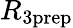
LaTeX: R_{3\mathrm{prep}}